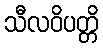
သီလဝိပတ္တိ